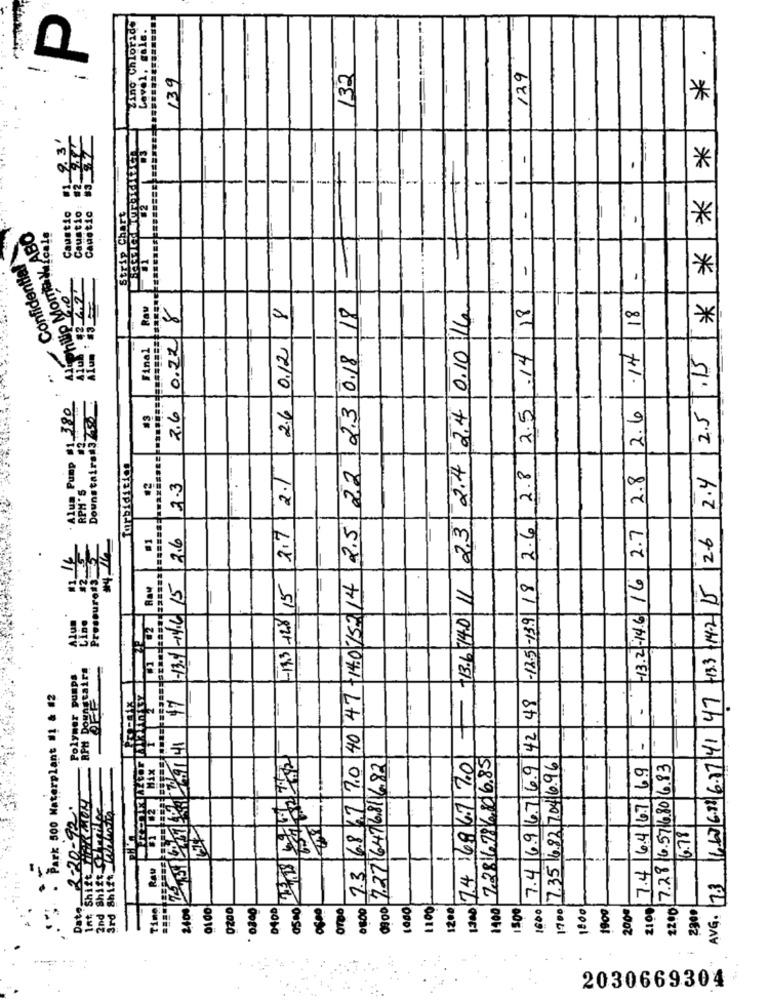
Zinc chloride
Level, gale.
.
-.
139
132
129
*
****
: 23
-
--
Caustic
Caustio
Caustic
Strip Chart
-
Licale
1. Philip Momay ABO
Confidential
T
1 -
1-
Raw
2.6 0.228
26 0.1218
2.3 0.18/18
.14/18
18
2.4 24 0.1016
Final
-1-
-
-
.
.14
2.5.15
. Alum Pump #1.380
Downstairs#3756
2.5
--
12.6
forbidition
7.3 6.8 67 7.0 40 47 -14.0152 14 2.5 22
2.8
2.8
2.7 2.1
2.4
RPM'S
2.3
2.6
2.7
23
AVG. 7.3 6.62 6.83 6.27 41 47 13.3 14.2 15 26
#1
2.6
-13.2 -14.6 16
Pressureds
13.6 514.0 11
7.4 6.9 6.7 6.9 42 8 -18.5-139|18
17 1-13.1 -1.6 15
-13.3 -128/15
-
Polymer pumps
Park 500 Waterplant #1 & #2
-
.
HS
74 6867170
72816796816.85
7.35 16.82 7.04. 6.96
2 Mix
7.27/647681682
7.4 6.4 16.7 /6.9
7.28 6.5716.80 6.83
2-20-92.
Int Shift ChinMOY
2nd Shift_Failed
3rd Shift Inwin
16.78
Raw
Date.
Ting
2400
0100
0200
0200
0400
0500
0600
0900
1000
1100;
1200
1300
1400
1700
1800
1900
orDo
150
2900
2030669304